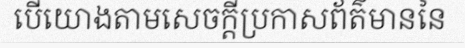
បើយោងតាមសេចក្តីប្រកាសព័ត៌មាននៃ